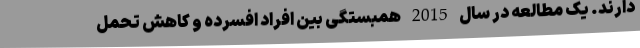
دارند. یک مطالعه در سال 2015 همبستگی بین افراد افسرده و کاهش تحمل